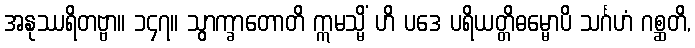
အနုဿရိတဗ္ဗာ။ ၁၄၇။ သွာက္ခာတောတိ ဣမသ္မိံ ဟိ ပဒေ ပရိယတ္တိဓမ္မောပိ သင်္ဂဟံ ဂစ္ဆတိ,